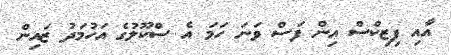
އާއި ފިޒިކްސް އިން ފަސް ވަނަ ހަމަ އެ ސްކޫލުގެ އަހުމަދު ޒައިން